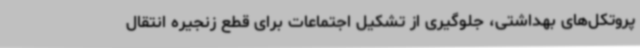
پروتکل‌های بهداشتی، جلوگیری از تشکیل اجتماعات برای قطع زنجیره انتقال